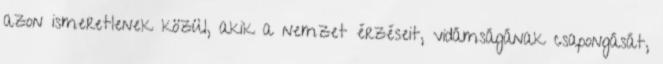
azon ismeretlenek közül, akik a nemzet érzéseit, vidámságának csapongását,